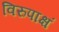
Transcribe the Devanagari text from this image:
विरुपाक्षं